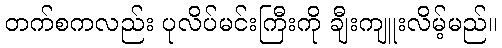
တက်စကလည်း ပုလိပ်မင်းကြီးကို ချီးကျူးလိမ့်မည်။